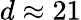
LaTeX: d\approx 21